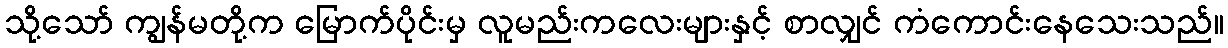
သို့သော် ကျွန်မတို့က မြောက်ပိုင်းမှ လူမည်းကလေးများနှင့် စာလျှင် ကံကောင်းနေသေးသည်။